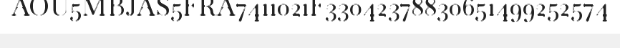
AOU5MBJAS5FRA7411021F33042378830651499252574